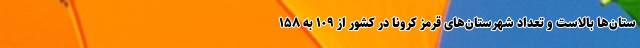
ستان‌ها بالاست و تعداد شهرستان‌های قرمز کرونا در کشور از ۱۰۹ به ۱۵۸